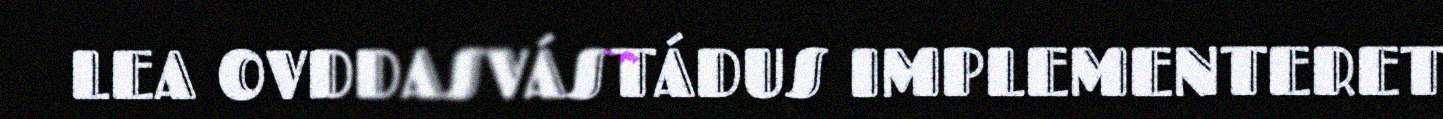
LEA OVDDASVÁSTÁDUS IMPLEMENTERET